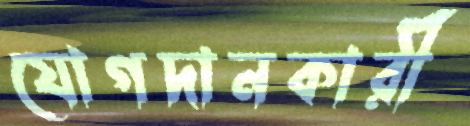
যোগদানকারী